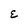
Character: E